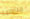
منتظمة